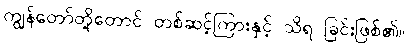
ကျွန်တော်တို့တောင် တစ်ဆင့်ကြားနှင့် သိရ ခြင်းဖြစ်၏။